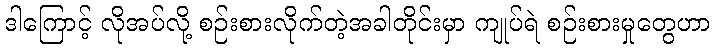
ဒါကြောင့် လိုအပ်လို့ စဉ်းစားလိုက်တဲ့အခါတိုင်းမှာ ကျုပ်ရဲ စဉ်းစားမှုတွေဟာ